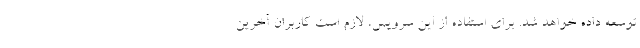
توسعه داده خواهد شد. برای استفاده از این سرویس، لازم است کاربران آخرین